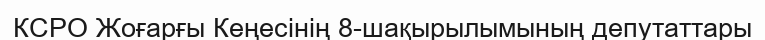
КСРО Жоғарғы Кеңесінің 8-шақырылымының депутаттары